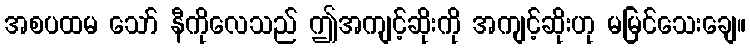
အစပထမ သော် နီကိုလေသည် ဤအကျင့်ဆိုးကို အကျင့်ဆိုးဟု မမြင်သေးချေ။